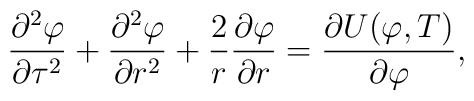
{\partial^2\varphi \over \partial\tau^2} +{\partial^2\varphi \over \partial r^2} + {2 \over r }{\partial\varphi \over \partial r} = {\partial U(\varphi,T) \over \partial\varphi} ,